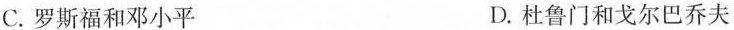
C.罗斯福和邓小平 D.杜鲁门和戈尔巴乔夫